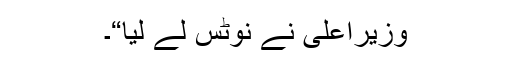
وزیراعلیٰ نے نوٹس لے لیا“۔